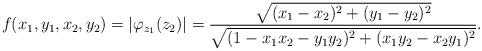
LaTeX: \begin{align*}f(x_1, y_1,x_2,y_2)=|\varphi_{z_1} (z_2)|=\frac{\sqrt{(x_1 -x_2)^2+(y_1 -y_2)^2}}{\sqrt{(1- x_1 x_2 -y_1 y_2)^2+(x_1 y_2 -x_2 y_1)^2}}.\end{align*}